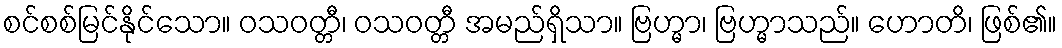
စင်စစ်မြင်နိုင်သော။ ဝသဝတ္တီ၊ ဝသဝတ္တီ အမည်ရှိသာ။ ဗြဟ္မာ၊ ဗြဟ္မာသည်။ ဟောတိ၊ ဖြစ်၏။